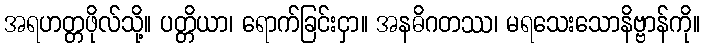
အရဟတ္တဖိုလ်သို့။ ပတ္တိယာ၊ ရောက်ခြင်းငှာ။ အနဓိဂတဿ၊ မရသေးသောနိဗ္ဗာန်ကို။